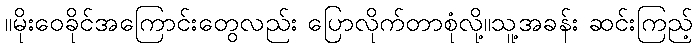
။မိုးဝေခိုင်အကြောင်းတွေလည်း ပြောလိုက်တာစုံလို့။သူ့အခန်း ဆင်းကြည့်